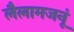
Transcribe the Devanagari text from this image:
लैलामजनूं